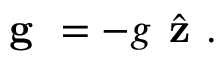
{ \textbf { g } } = - g { \hat { \textbf { z } } } .